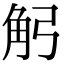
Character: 𧢺